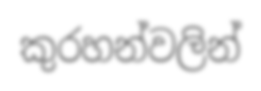
කුරහන්වලින්